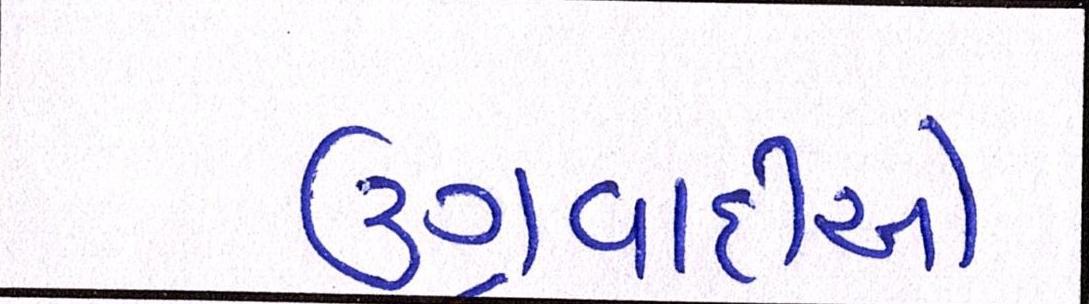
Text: ઉગ્રવાદીઓ